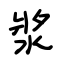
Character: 漿